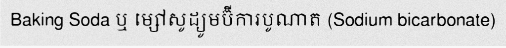
Baking Soda ឬ ម្សៅសូដ្យូមប៊ីការបូណាត (Sodium bicarbonate)